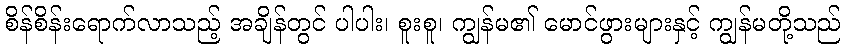
စိန်စိန်းရောက်လာသည့် အချိန်တွင် ပါပါး၊ စူးစူ၊ ကျွန်မ၏ မောင်ဖွားများနှင့် ကျွန်မတို့သည်